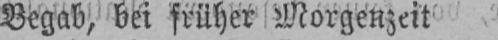
Begab, bei früher Morgenzeit